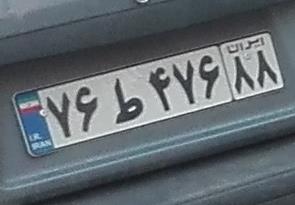
۷۶ط۴۷۶۸۸